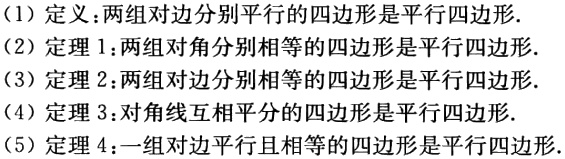
(1) 定义：两组对边分别平行的四边形是平行四边形.
(2) 定理 1：两组对角分别相等的四边形是平行四边形.
(3) 定理 2：两组对边分别相等的四边形是平行四边形.
(4) 定理 3：对角线互相平分的四边形是平行四边形.
(5) 定理 4：一组对边平行且相等的四边形是平行四边形.